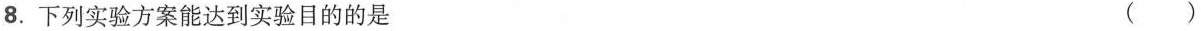
8.下列实验方案能达到实验目的的是 ()